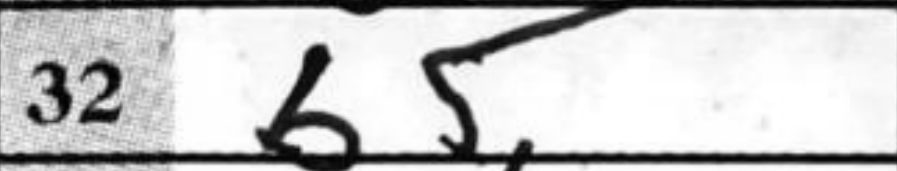
Transcription: b5